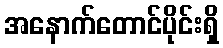
အနောက်တောင်ပိုင်းရှိ